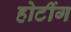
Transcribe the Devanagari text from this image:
होटींग